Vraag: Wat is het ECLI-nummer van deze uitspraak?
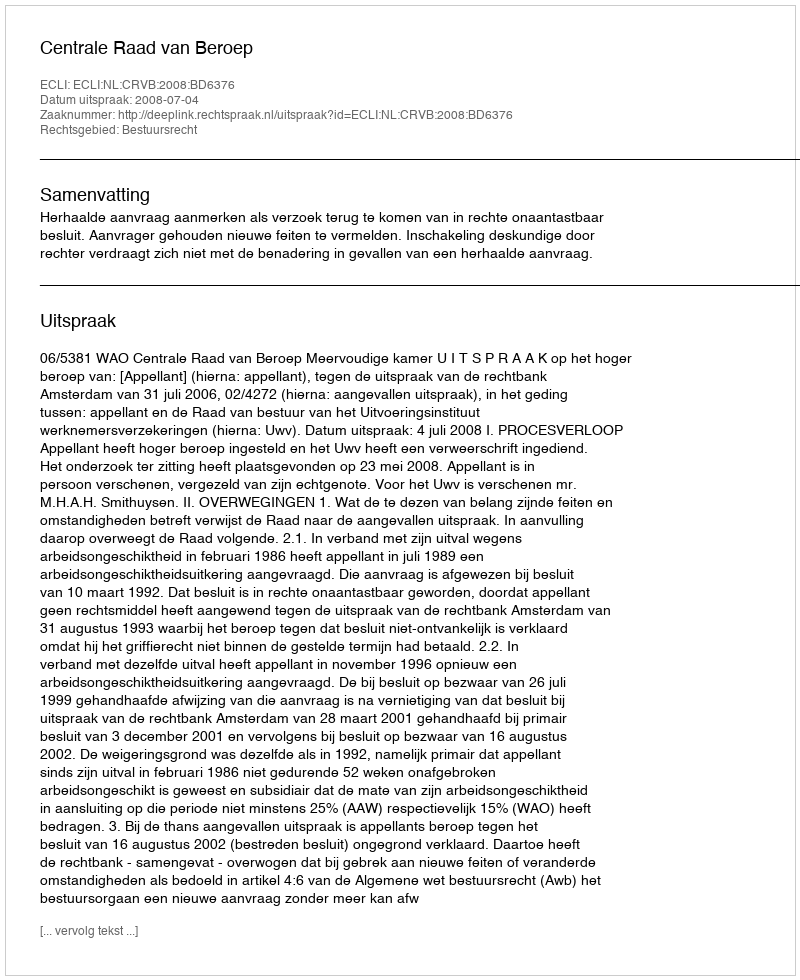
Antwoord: ECLI:NL:CRVB:2008:BD6376